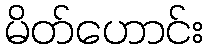
မိတ်ဟောင်း